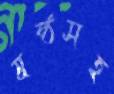
ষষ্ঠসহ